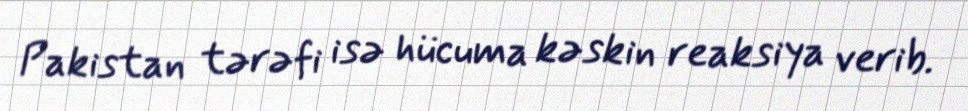
Pakistan tərəfi isə hücuma kəskin reaksiya verib.